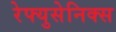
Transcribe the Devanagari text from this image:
रेफ्युसेनिक्स